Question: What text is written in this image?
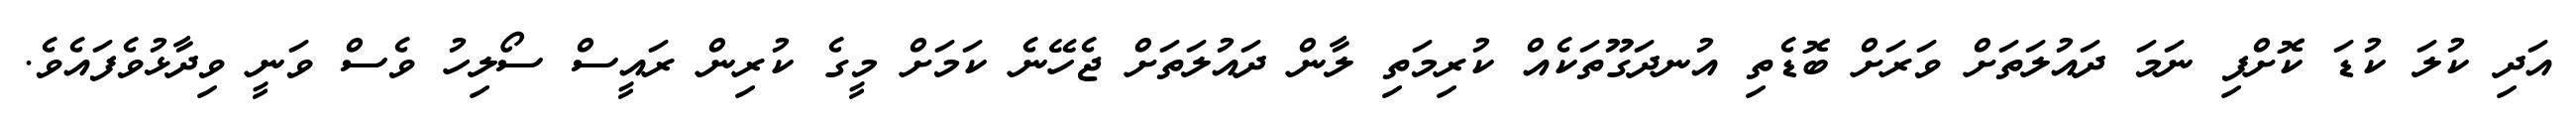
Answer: އަދި ކުލަ ކުޑަ ކޮށްފި ނަމަ ދައުލަތަށް ވަރަށް ބޮޑެތި އުނދަގޫތަކެއް ކުރިމަތި ލާން ދައުލަތަށް ޖެހޭނެ ކަމަށް މީގެ ކުރިން ރައީސް ސޯލިހު ވެސް ވަނީ ވިދާޅުވެފައެވެ.